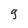
Character: g